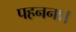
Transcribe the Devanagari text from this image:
पहनना।